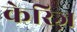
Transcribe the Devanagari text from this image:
केरिज़